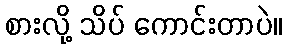
စားလို့ သိပ် ကောင်းတာပဲ။